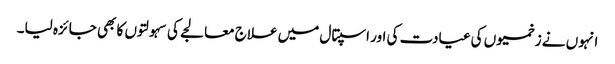
انہوں نے زخمیوں کی عیادت کی اور اسپتال میں علاج معالجے کی سہولتوں کا بھی جائزہ لیا۔